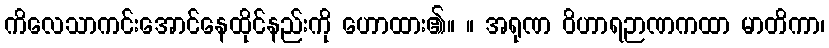
ကိလေသာကင်းအောင်နေထိုင်နည်းကို ဟောထား၏။ ။ အရုဏ ဝိဟာရဉာဏကထာ မာတိကာ၊